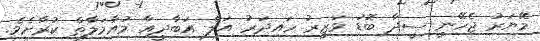
މޭޔަރު ޖެހޭނީ ސީދާ ބޮޑު ވަޒީރު ހައިދަރު އަލް އަބާދީއާ މުއާމަލާތް ކުރާށެވެ.